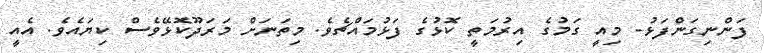
ފަންނިގަންފަޅު- މިއީ ގަމުގެ އިރުމަތީ ކޮޅުގެ ފަޅުމައްޗެވެ. މިތަނަށް މަރަދޫކޮޅޭވެސް ކިޔައެވެ. އެއީ